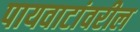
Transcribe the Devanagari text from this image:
पायवाटांवरील